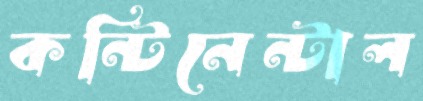
কন্টিনেন্টাল